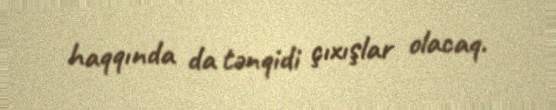
haqqında da tənqidi çıxışlar olacaq.